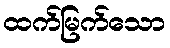
ထက်မြက်သော